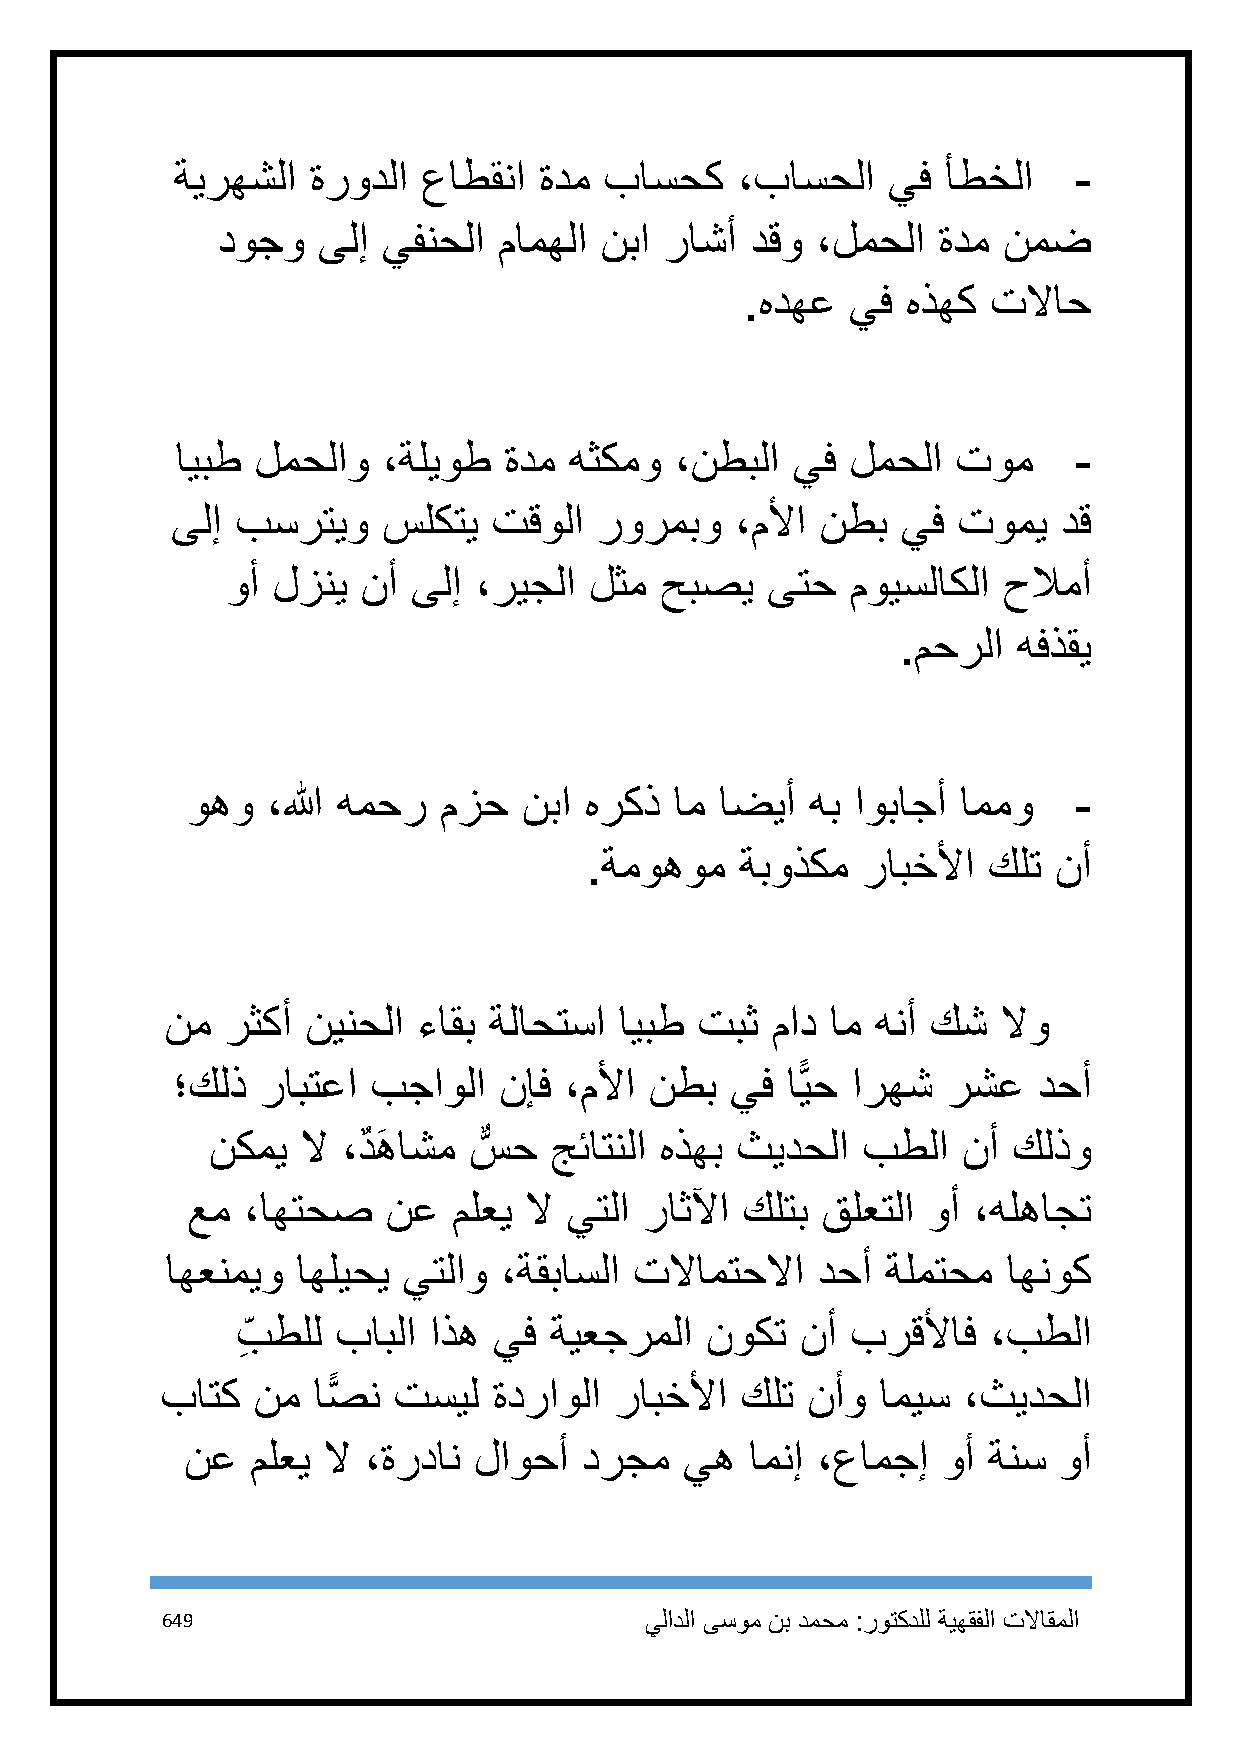
ةيرهشلا   ةرودلا عاطقنا  ةدم باسحك    ،باسحلا   يف  أطخلا   -
 دوجو   ىلإ يفنحلا  مامهلا نبا راشأ  دقو ،لمحلا  ةدم نمض
 .هدهع  يف  هذهك  تلااح
 ايبط لمحلاو  ،ةليوط  ةدم  هثكمو  ،نطبلا يف  لمحلا  توم     -
 ىلإ  بسرتيو   سلكتي   تقولا  رورمبو   ،ملأا نطب  يف تومي   دق
 وأ لزني  نأ ىلإ ،ريجلا  لثم  حبصي   ىتح  مويسلاكلا حلامأ
 .محرلا هفذقي
 وهو   ،الله همحر مزح   نبا هركذ  ام اضيأ  هب اوباجأ اممو   -
 .ةموهوم   ةبوذكم  رابخلأا كلت  نأ
 نم  رثكأ نينحلا  ءاقب ةلاحتسا ايبط تبث  ماد ام هنأ كش  لاو
 ؛كلذ  رابتعا  بجاولا  نإف ،ملأا نطب  يف  اًّيح ارهش رشع   دحأ
 نكمي  لا ،دٌ هَ اشم سٌّ ح جئاتنلا هذهب ثيدحلا بطلا نأ كلذو
 عم  ،اهتحص    نع  ملعي لا يتلا راثلآا كلتب قلعتلا وأ ،هلهاجت
 اهعنميو  اهليحي يتلاو ،ةقباسلا تلاامتحلاا  دحأ  ةلمتحم  اهنوك
 بِ طلل بابلا اذه يف ةيعجرملا   نوكت  نأ برقلأاف   ،بطلا
 باتك  نم  اصًّ ن تسيل ةدراولا رابخلأا كلت نأو  اميس  ،ثيدحلا
 نع   ملعي لا ،ةردان لاوحأ  درجم  يه   امنإ ،عامجإ وأ ةنس  وأ
 649                             يلادلا ىسوم نب دمحم :روتكدلل ةيهقفلا تلااقملا